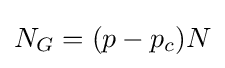
{N_{G}=(p-p_{c})N}